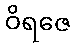
ဝိရဇေ